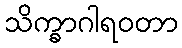
သိက္ခာဂါရဝတာ